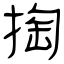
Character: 掏